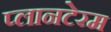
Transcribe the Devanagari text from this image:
प्लानटेरम